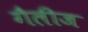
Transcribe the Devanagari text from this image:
गैलीज